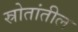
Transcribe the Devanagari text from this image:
स्रोतांतील